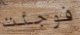
فوجئت